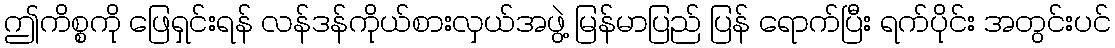
ဤကိစ္စကို ဖြေရှင်းရန် လန်ဒန်ကိုယ်စားလှယ်အဖွဲ့ မြန်မာပြည် ပြန် ရောက်ပြီး ရက်ပိုင်း အတွင်းပင်